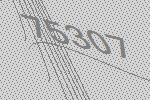
75307